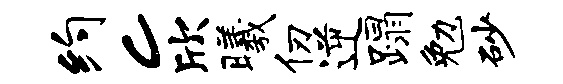
约c欣曦仞逆蹋勉砂